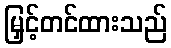
မြှင့်တင်ထားသည်